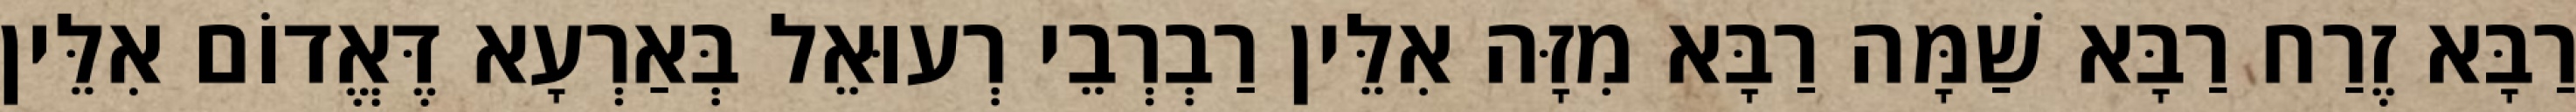
רַבָּא זֶרַח רַבָּא שַׁמָּה רַבָּא מִזָּה אִלֵּין רַבְרְבֵי רְעוּאֵל בְּאַרְעָא דֶּאֱדוֹם אִלֵּין